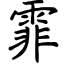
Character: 霏